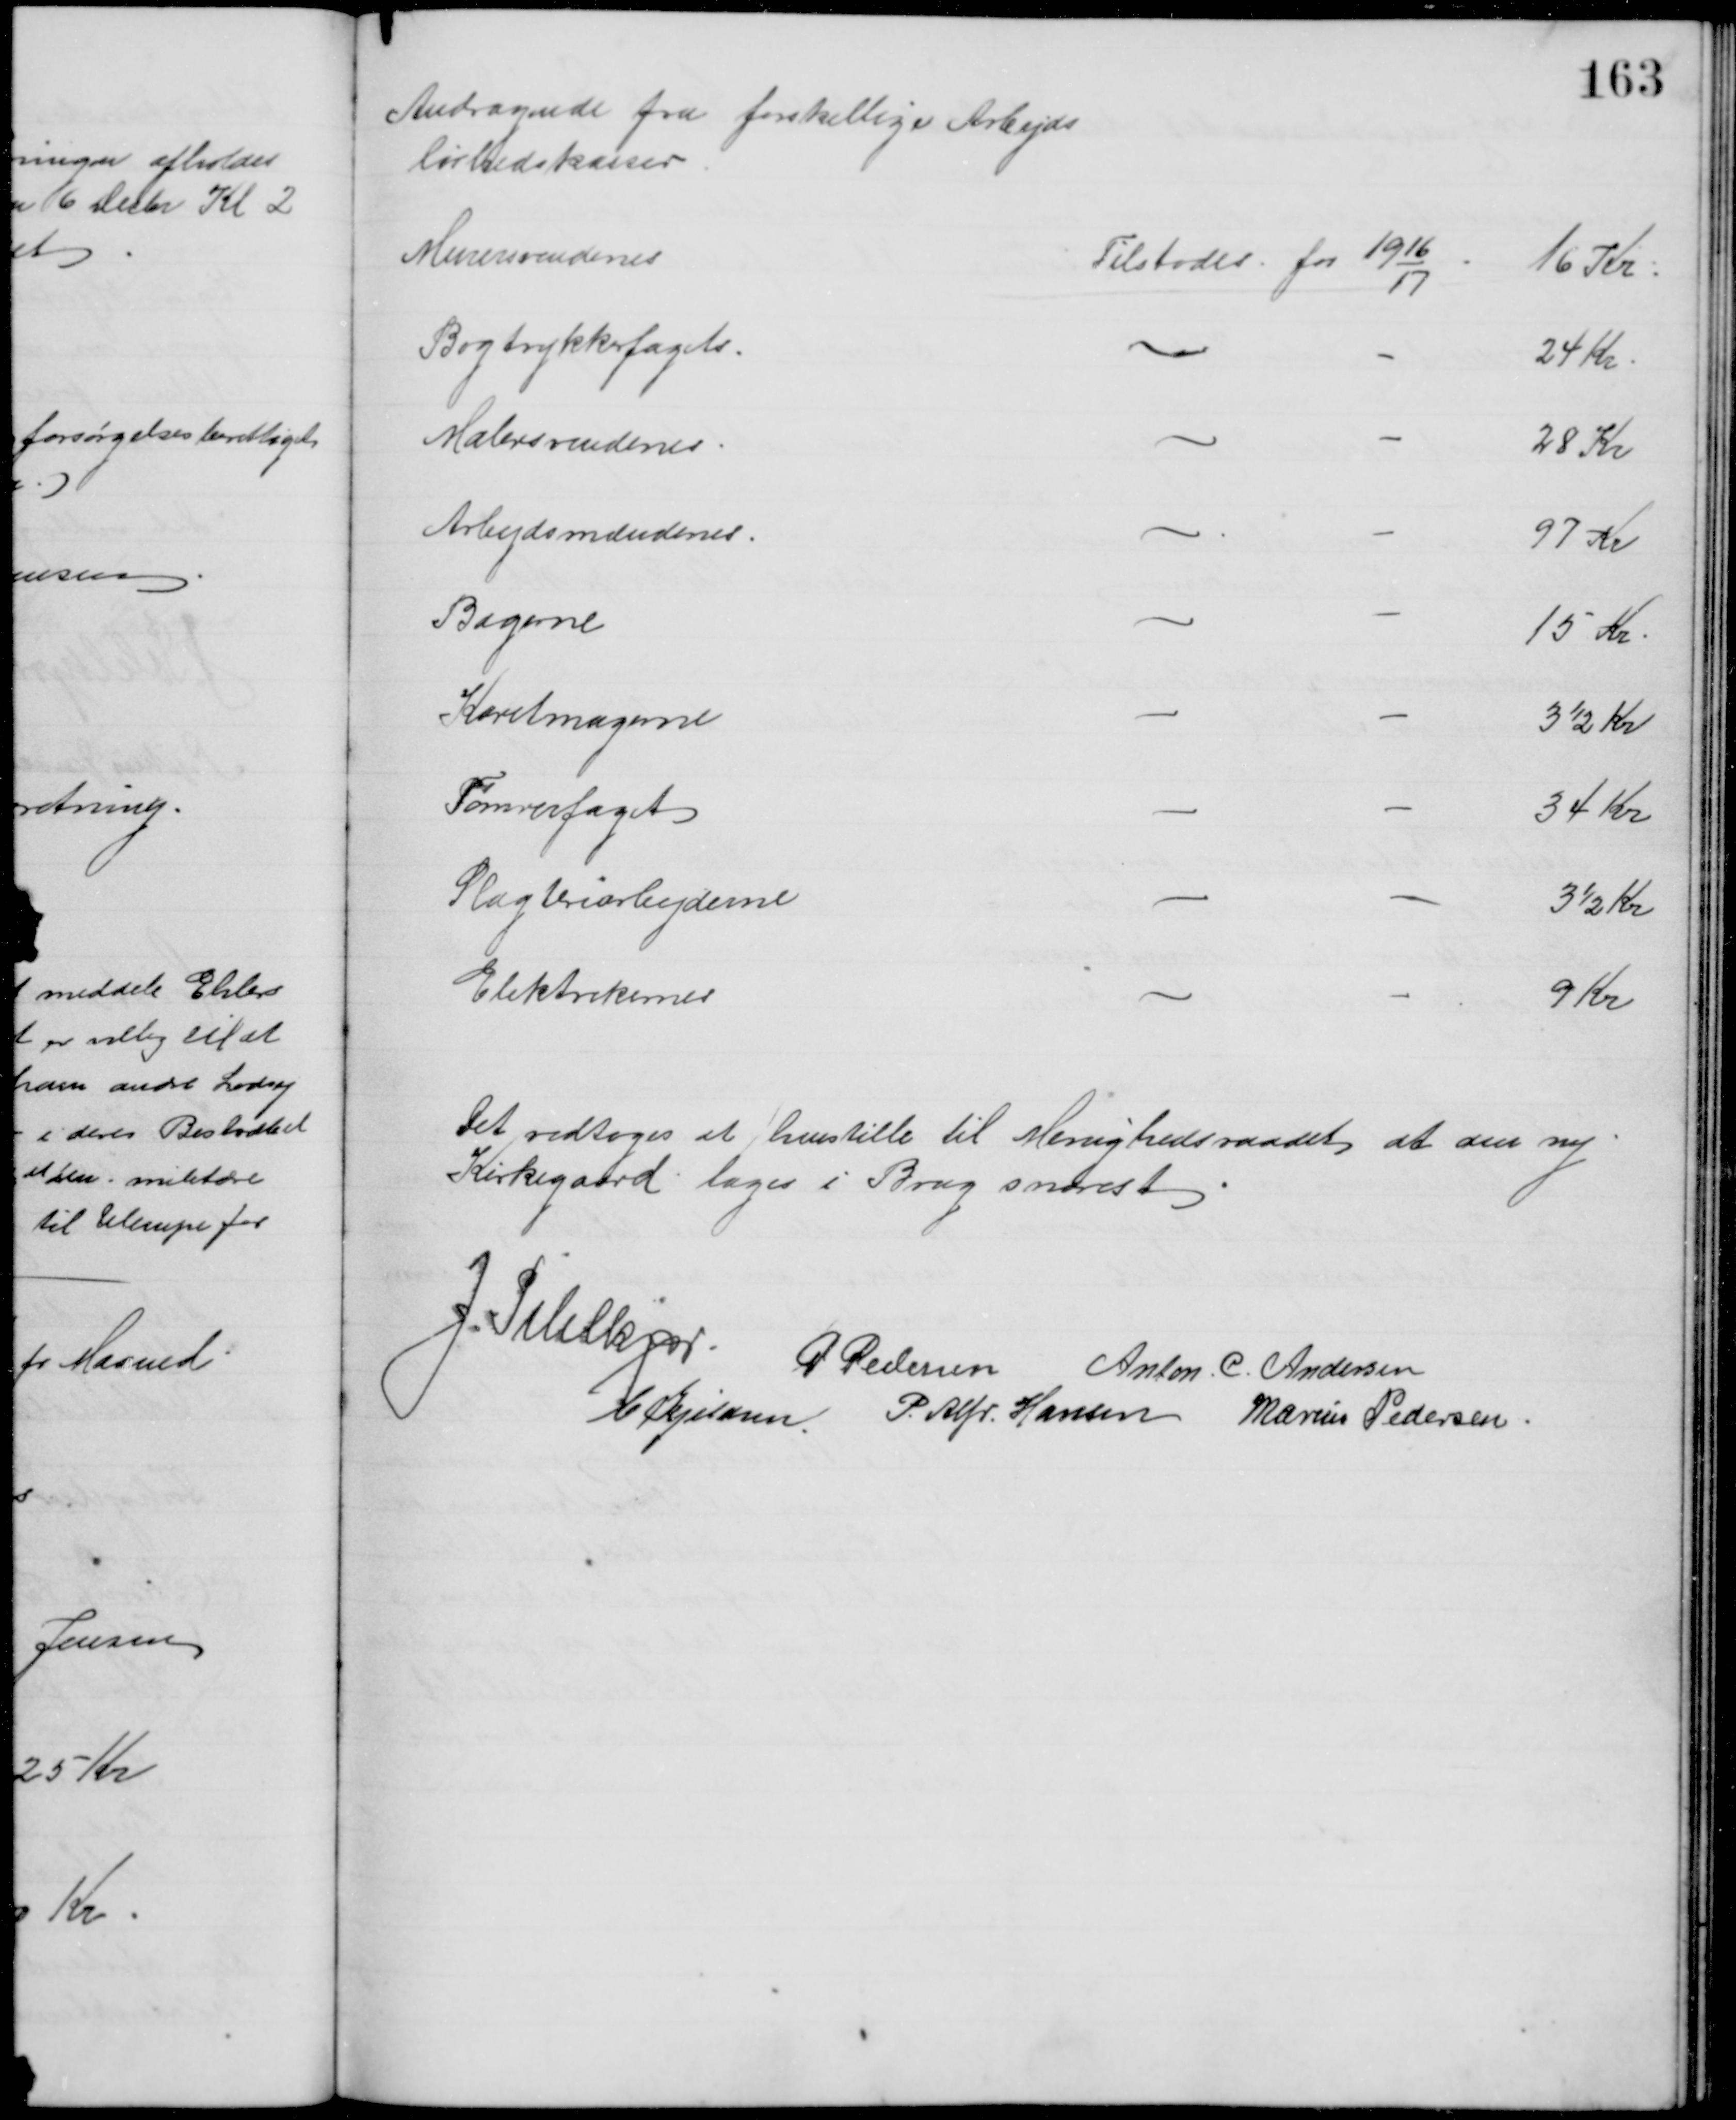
Transskription:
Andragende fra forskellige Arbejds
løshedskasser
Murersvendenes
Tilstodes for 1916/17
16 Kr
Bogtrykkerfagets
24 Kr
Malersvendenes
28 Kr
Arbejdsmændenes
97 Kr
Bagerne
15 Kr
Karetmagerne
3½ Kr
Tømrerfaget
34 Kr.
Slagteriarbejderne
3½ Kr
Elektrikernes
9 Kr
Det vedtoges at henstille til Menighedsraadet at den ny
Kirkegaard tages i Brug snarest
J. Pihlkjær.
P Pedersen Anton. C. Andersen
C. Kjeldsen P. Alfr. Hansen Marius Pedersen